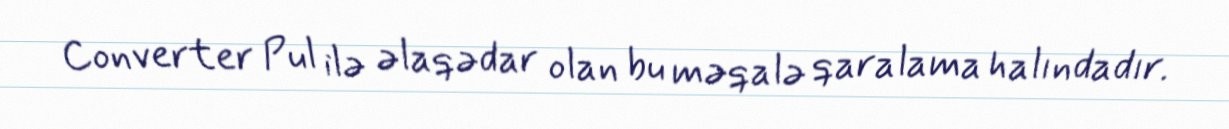
Converter Pul ilə əlaqədar olan bu məqalə qaralama halındadır.